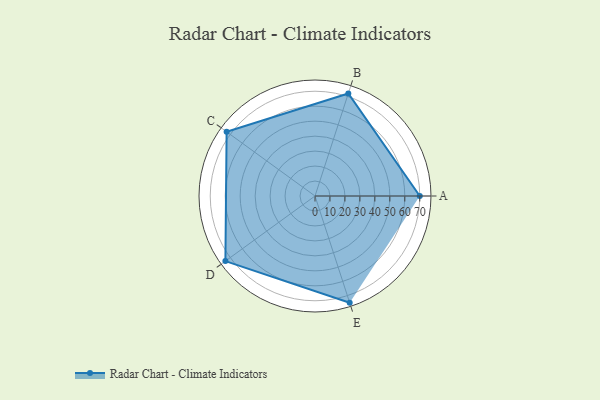
{"axis": {"x": "Skill", "y": "Score"}, "legend": ["Profile"], "data": [{"x": "A", "y": 70.0, "type": "Profile"}, {"x": "B", "y": 72.0, "type": "Profile"}, {"x": "C", "y": 73.0, "type": "Profile"}, {"x": "D", "y": 74.0, "type": "Profile"}, {"x": "E", "y": 75.0, "type": "Profile"}]}